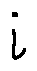
i